Report on vaccination in the Province of Bengal - 1874-1889
Year: 1874
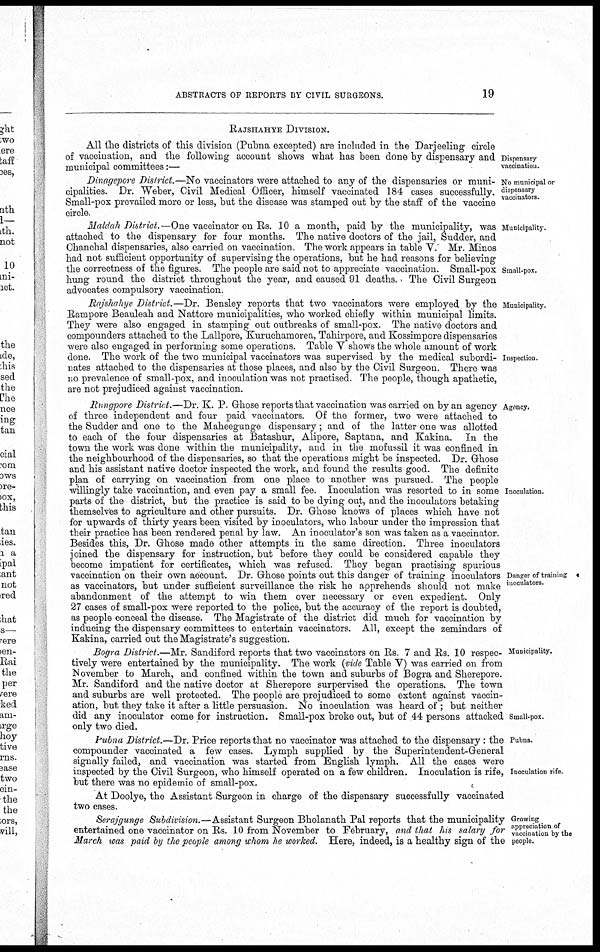
ABSTRACTS OF REPORTS BY CIVIL SURGEONS.
19
RAJSHAHYE DIVISION.
Dispensary
vaccination.
All the districts of this division (Pubna excepted) are included in the Darjeeling circle
of vaccination, and the following account shows what has been done by dispensary and
municipal committees:—
No municipal or
dispensary
vaccinators.
Dinagepore District.—No vaccinators were attached to any of the dispensaries or muni-
cipalities. Dr. Weber, Civil Medical Officer, himself vaccinated 184 cases successfully.
Small-pox prevailed more or less, but the disease was stamped out by the staff of the vaccine
circle
Municipality.
Small-pox.
Maldah District.—One vaccinator on Rs. 10 a month, paid by the municipality, was
attached to the dispensary for four months. The native doctors of the jail, Sudder, and
Chanchal dispensaries, also carried on vaccination. The work appears in table V. Mr. Minos
had not sufficient opportunity of supervising the operations, but he had reasons for believing
the correctness of the figures. The people are said not to appreciate vaccination. Small-pox
hung round the district throughout the year, and caused 91 deaths. > The Civil Surgeon
advocates compulsory vaccination.
Municipality.
Inspection.
Rajshahye District.—Dr. Bensley reports that two vaccinators were employed by the
Rampore Beauleah and Nattore municipalities, who worked chiefly within municipal limits.
They were also engaged in stamping out outbreaks of small-pox. The native doctors and
compounders attached to the Lallpore, Kuruchamorea, Tahirpore, and Kossimpore dispensaries
were also engaged in performing some operations. Table V shows the whole amount of work
done. The work of the two municipal vaccinators was supervised by the medical subordi-
nates attached to the dispensaries at those places, and also by the Civil Surgeon. There was
no prevalence of small-pox, and inoculation was not practised. The people, though apathetic,
are not prejudiced against vaccination.
Agency.
Inoculation.
Danger of training
inoculators.
Rungpore District.—Dr. K. P. Ghose reports that vaccination was carried on by an agency
of three independent and four paid vaccinators. Of the former, two were attached to
the Sudder and one to the Maheegunge dispensary; and of the latter one was allotted
to each of the four dispensaries at Batashur, Alipore, Saptana, and Kakina. In the
town the work was done within the municipality, and in the mofussil it was confined in
the neighbourhood of the dispensaries, so that the operations might be inspected. Dr. Ghose
and his assistant native doctor inspected the work, and found the results good. The definite
plan of carrying on vaccination from one place to another was pursued. The people
willingly take vaccination, and even pay a small fee. Inoculation was resorted to in some
parts of the district, but the practice is said to be dying out, and the inoculators betaking
themselves to agriculture and other pursuits. Dr. Ghose knows of places which have not
for upwards of thirty years been visited by inoculators, who labour under the impression that
their practice has been rendered penal by law. An inoculator's son was taken as a vaccinator.
Besides this, Dr. Ghose made other attempts in the same direction. Three inoculators
joined the dispensary for instruction, but before they could be considered capable they
become impatient for certificates, which was refused. They began practising spurious
vaccination on their own account. Dr. Ghose points out this danger of training inoculators
as vaccinators, but under sufficient surveillance the risk he apprehends should not make
abandonment of the attempt to win them over necessary or even expedient. Only
27 cases of small-pox were reported to the police, but the accuracy of the report is doubted,
as people conceal the disease. The Magistrate of the district did much for vaccination by
inducing the dispensary committees to entertain vaccinators. All, except the zemindars of
Kakina, carried out the Magistrate's suggestion.
Municipality.
Small-pox.
Bogra District.—Mr. Sandiford reports that two vaccinators on Rs 7 and Rs. 10 respec-
tively were entertained by the municipality. The work (vide Table V) was carried on from
November to March, and confined within the town and suburbs of Bogra and Sherepore.
Mr. Sandiford and the native doctor at Sherepore surpervised the operations. The town
and suburbs are well protected. The people are prejudiced to some extent against vaccin-
ation, but they take it after a little persuasion. No inoculation was heard of ; but neither
did any inoculator come for instruction. Small-pox broke out, but of 44 persons attacked
only two died.
Pubna.
Inoculation rife.
Pubna District.—Dr. Price reports that no vaccinator was attached to the dispensary: the
compounder vaccinated a few cases. Lymph supplied by the Superintendent-General
signally failed, and vaccination was started from English lymph. All the cases were
inspected by the Civil Surgeon, who himself operated on a few children. Inoculation is rife,
but there was no epidemic of small-pox.
At Doolye, the Assistant Surgeon in charge of the dispensary successfully vaccinated
two cases.
Growing
appreciation of
vaccination by the
people.
Serajgunge Subdivision.—Assistant Surgeon Bholanath Pal reports that the municipality
entertained one vaccinator on Rs. 10 from November to February, and that his salary for
March was paid by the people among whom he worked. Here, indeed, is a healthy sign of the